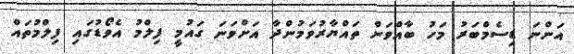
އަންނަ ޑިސެމްބަރު މަހު ބާއްވަން ތައްޔާރުވަމުންދާ އަށްވަނަ ގައުމީ ފިލްމު އެވޯޑުގައި ފިލްމުތައް